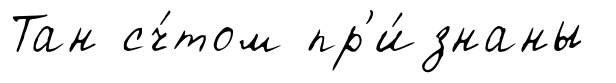
Тан сч́том пр'и́знаны